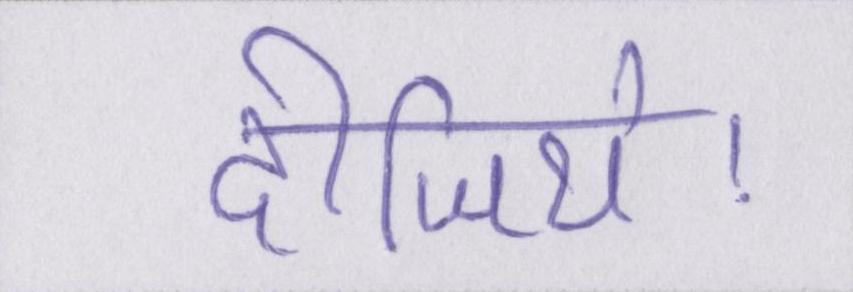
दीजिये।